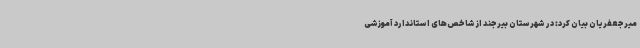
میرجعفریان بیان کرد: در شهرستان بیرجند از شاخص‌های استاندارد آموزشی